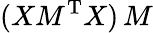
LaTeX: (XM^{\mathrm{T}}X)\, M